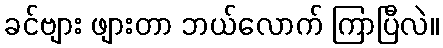
ခင်ဗျား ဖျားတာ ဘယ်လောက် ကြာပြီလဲ။